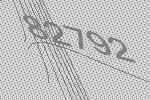
82792